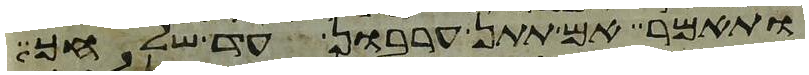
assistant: ותאמר אם תתן ערבון עד שלחך